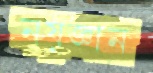
নয়জ্ঞান